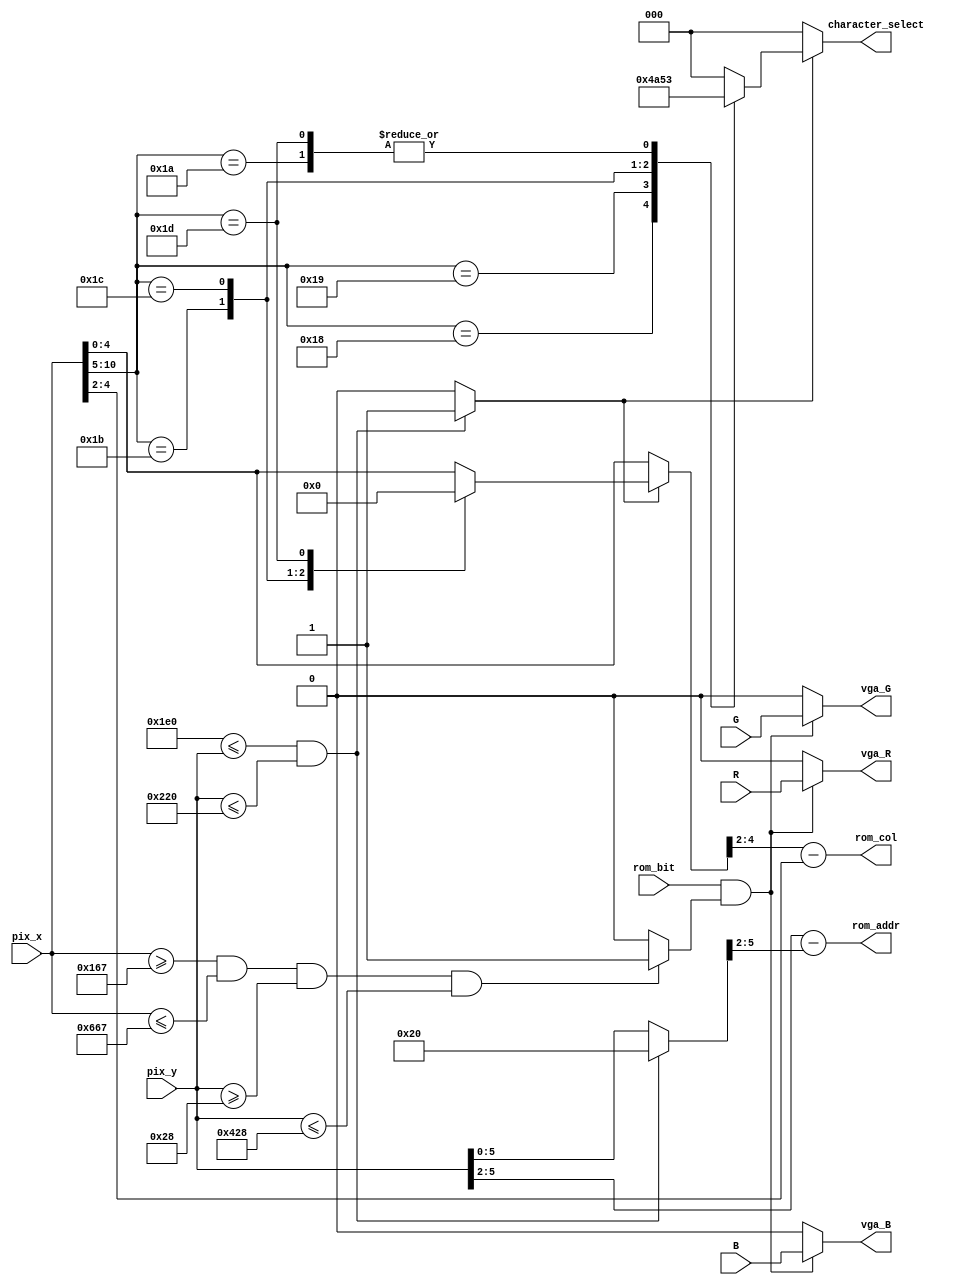
module RGB (
input R, G, B,
input [10:0] pix_x, 
input [10:0] pix_y,
input rom_bit,
output wire vga_R, vga_G, vga_B,
output [3:0]rom_addr, 
output [2:0]rom_col,
output reg [2:0] character_select
);

reg red, green, blue;
//rom_addr = fila del font, rom_col = columna del font
//wire  rom_addr ;
//wire  rom_col ;

//Pixeles donde se va ubicar la imagen

localparam puntoinicialx=800;
localparam puntoinicialy=480;
localparam puntofinaly=544;

reg Y;

always@(pix_y)
begin
if((puntoinicialy <= pix_y) && (pix_y <= puntofinaly))
begin
Y<=1'b1;
referenciay <= puntoinicialy;
end
else
begin
Y<=1'b0;
referenciay <= pix_y;
end
end


//Variables para recorrer las filas y columnas del font
reg [10:0] referenciay;
reg [10:0] referenciax;
reg display;


//Case para seleccionar el caracter segn la posicin en x, el nmero depende del mdulo font
//solo se habilita con la zona delimitada en y
always@(pix_x, Y)
begin
if(Y==1'b1)
begin
//Casos aumentan cada 32 bits porque el scaling es 4x, inicia en la posicin 768.
casex (pix_x)
  10'b11000xxxxx: begin character_select = 3'd4; referenciax = puntoinicialx; end
  10'b11001xxxxx: begin character_select = 3'd5; referenciax = puntoinicialx+32; end
  10'b11010xxxxx: begin character_select = 3'd3; referenciax = puntoinicialx+64; end
  10'b11011xxxxx: begin character_select = 3'd1; referenciax = puntoinicialx+96; end
  10'b11100xxxxx: begin character_select = 3'd2; referenciax = puntoinicialx+128; end
  10'b11101xxxxx: begin character_select = 3'd3; referenciax = puntoinicialx+160; end
  default: begin character_select = 3'd0; referenciax = pix_x; end
endcase
end
else
begin
character_select = 3'd0; referenciax = pix_x;
end
end

//Definicin del rea de display en resolucin 1280x1024.

always@(pix_x,pix_y)
begin
if(pix_x>=359 && pix_x<=1639 && pix_y>=40 && pix_y<=1064)
display<=1'b1;
else
display<=1'b0;
end

//Always que enva el color solo cuando la imagen lo necesita
always@(R, G, B,rom_bit, display)
begin
	if(rom_bit == 1'b1 && display == 1'b1)
		begin
		red <= R;
		green <= G;
		blue <= B;
 		end
	else 
		begin
		red <= 1'b0;
		green <= 1'b0;
		blue <= 1'b0;
		end

end



// Define el nmero de la fila, inicial en 0 hasta 15

assign rom_addr = pix_y [5:2] -  referenciay [5:2]  ;

//Define la columna de los 8 bits de la imagen, inicia en 7 hasta 0
assign rom_col = referenciax [4:2] - pix_x [4:2];

//Salidas de color para los pines del VGA
assign vga_R = red;
assign vga_G = green;
assign vga_B = blue;

endmodule